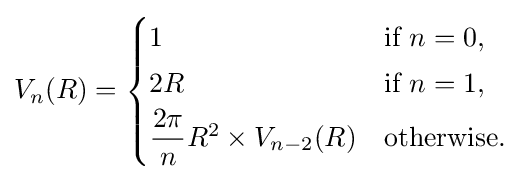
V_{n}(R)={\begin{cases}1&{\text{if }}n=0,\\[0.5ex]2R&{\text{if }}n=1,\\[0.5ex]{\dfrac {2\pi }{n}}R^{2}\times V_{n-2}(R)&{\text{otherwise}}.\end{cases}}